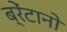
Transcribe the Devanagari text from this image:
ब्रेंटानो